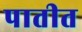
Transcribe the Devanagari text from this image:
पातीत